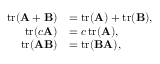
{ \begin{array} { r l } { \operatorname { t r } ( \mathbf { A } + \mathbf { B } ) } & { = \operatorname { t r } ( \mathbf { A } ) + \operatorname { t r } ( \mathbf { B } ) , } \\ { \operatorname { t r } ( c \mathbf { A } ) } & { = c \operatorname { t r } ( \mathbf { A } ) , } \\ { \operatorname { t r } ( \mathbf { A } \mathbf { B } ) } & { = \operatorname { t r } ( \mathbf { B } \mathbf { A } ) , } \end{array} }